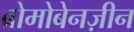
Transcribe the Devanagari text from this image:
ब्रोमोबेनज़ीन